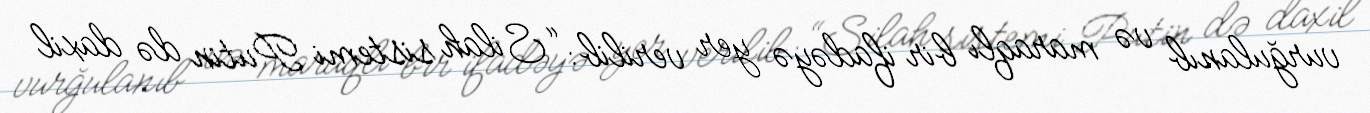
vurğulanıb və maraqlı bir ifadəyə yer verilib: “Silah sistemi Putin də daxil